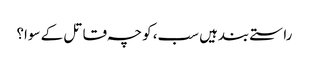
راستے بندہیں سب، کوچہ قاتل کے سوا؟